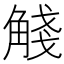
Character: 𧣴